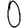
Digit: 0